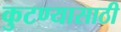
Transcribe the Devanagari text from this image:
कुटण्यासाठी